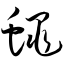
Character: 蝇